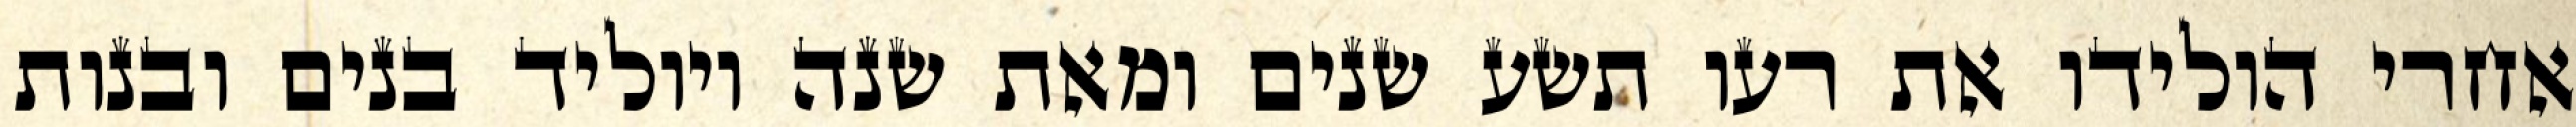
אחרי הולידו את רעו תשע שנים ומאת שנה ויוליד בנים ובנות